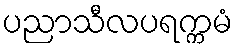
ပညာသီလပရက္ကမံ